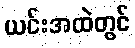
ယင်းအထဲတွင်